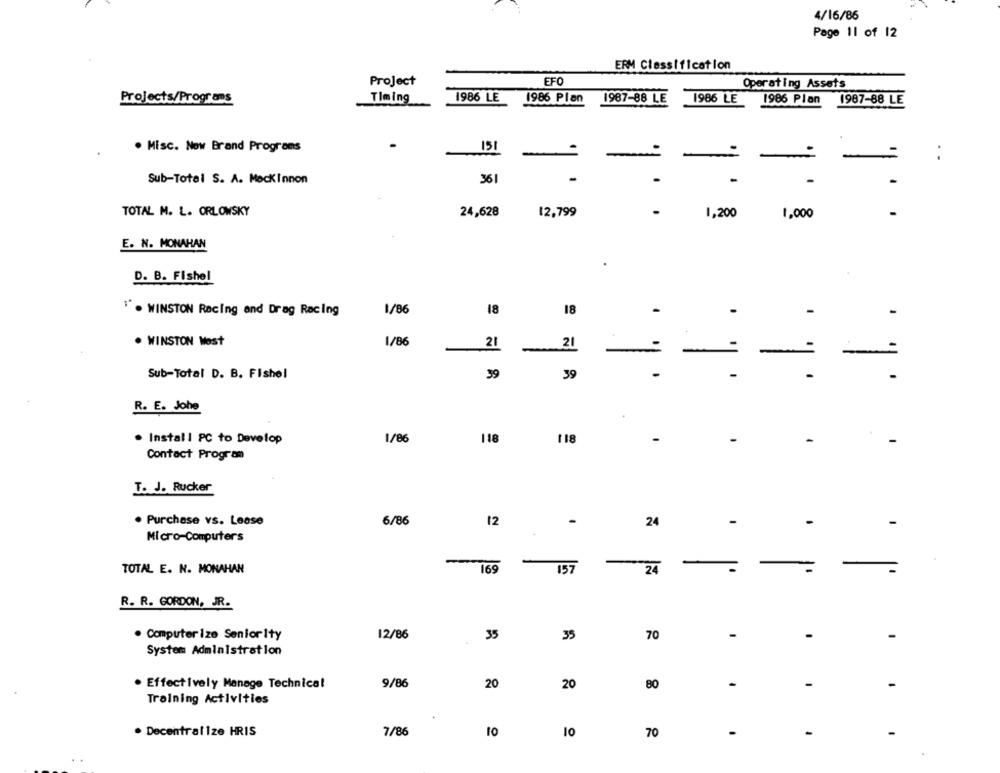
4/16/86
Page 11 of 12
ERM Classification
Project
EFO
Operating Assets
Projects/Programs
Timing
1986 LE
1986 Plan
1987-88 LE
1986 LE
1986 Plan
1987-88 LE
151
. Misc. Now Brand Programs
361
-
Sub-Total S. A. MockInnon
TOTAL M. L. ORLOWSKY
24,628
12,799
1,200
1,000
E. N. MONAHAN
D. B. Fishel
1 . WINSTON Racing and Drag Racing
1/86
18
18
-
1/86
. WINSTON West
21
-
21
=
-
=
Sub-Total D. B. Fishel
39
39
-
R. E. Johe
. Install PC to Develop
1/86
118
118
-
-
-
Contact Program
T. J. Rucker
. Purchase vs. Lease
6/86
12
-
24
-
-
Micro-Computers
TOTAL E. N. MONAHAN
169
157
24
-
R. R. GORDON, JR.
12/86
35
70
-
· Computerize Seniority
35
System Administration
· Effectively Manage Technical
9/86
20
20
80
-
-
Training Activities
. Decentralize HRIS
7/86
10
10
70
-